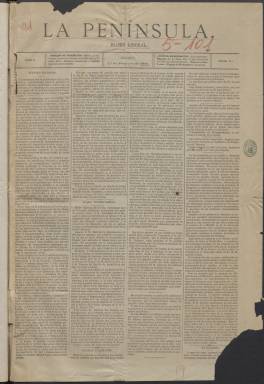
Título: La Península (Madrid. 1881)
Colección: Periódicos
Ámbito geográfico: Madrid
Lugar de publicación: Madrid
Fechas: 01/02/1881-21/07/1882